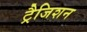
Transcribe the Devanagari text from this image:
ट्रैजिशन